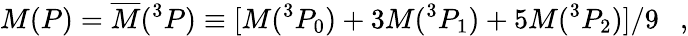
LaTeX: M(P)=\overline{{{M}}}(^{3}P)\equiv[M(^{3}P_{0})+3M(^{3}P_{1})+5M(^{3}P_{2})]/9~~~,